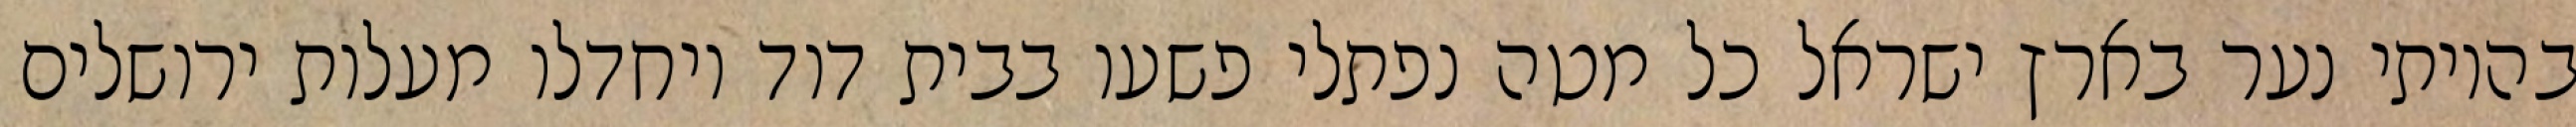
בהיותי נער בארץ ישראל כל מטה נפתלי פשעו בבית דוד ויחדלו מעלות ירושלים